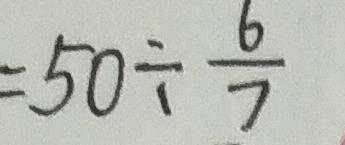
= 5 0 \div \frac { 6 } { 7 }